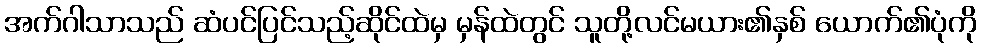
အက်ဂါသာသည် ဆံပင်ပြင်သည့်ဆိုင်ထဲမှ မှန်ထဲတွင် သူတို့လင်မယား၏နှစ် ယောက်၏ပုံကို